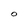
Character: O